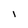
Character: l